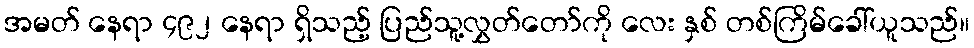
အမတ် နေရာ ၄၉၂ နေရာ ရှိသည့် ပြည်သူ့လွှတ်တော်ကို လေး နှစ် တစ်ကြိမ်ခေါ်ယူသည်။